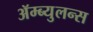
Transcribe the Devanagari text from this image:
ॲम्ब्युलन्स